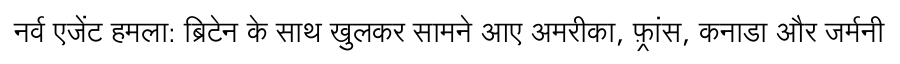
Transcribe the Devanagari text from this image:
नर्व एजेंट हमला: ब्रिटेन के साथ खुलकर सामने आए अमरीका, फ़्रांस, कनाडा और जर्मनी